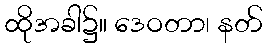
ထိုအခါ၌။ ဒေဝတာ၊ နတ်